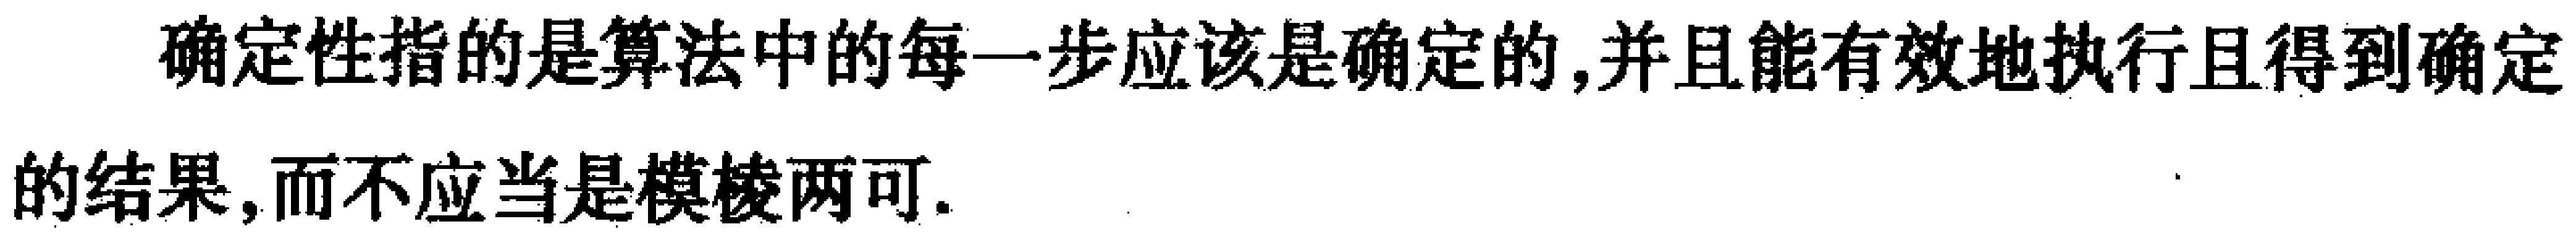
确定性指的是算法中的每一步应该是确定的,并且能有效地执行且得到确定的结果,而不应当是模棱两可.